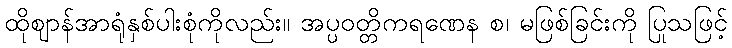
ထိုဈာန်အာရုံနှစ်ပါးစုံကိုလည်း။ အပ္ပဝတ္တိကရဏေန စ၊ မဖြစ်ခြင်းကို ပြုသဖြင့်